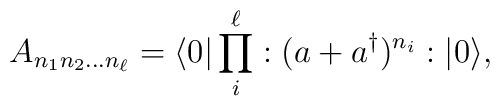
A_{n_1n_2\dots n_\ell}=\langle0|\prod_i^\ell :(a+a^\dag)^{n_i}:|0\rangle,